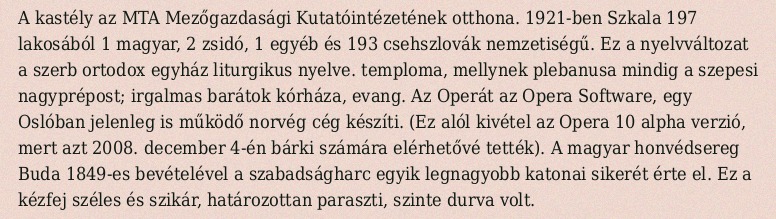
A kastély az MTA Mezőgazdasági Kutatóintézetének otthona. 1921-ben Szkala 197 lakosából 1 magyar, 2 zsidó, 1 egyéb és 193 csehszlovák nemzetiségű. Ez a nyelvváltozat a szerb ortodox egyház liturgikus nyelve. temploma, mellynek plebanusa mindig a szepesi nagyprépost; irgalmas barátok kórháza, evang. Az Operát az Opera Software, egy Oslóban jelenleg is működő norvég cég készíti. (Ez alól kivétel az Opera 10 alpha verzió, mert azt 2008. december 4-én bárki számára elérhetővé tették). A magyar honvédsereg Buda 1849-es bevételével a szabadságharc egyik legnagyobb katonai sikerét érte el. Ez a kézfej széles és szikár, határozottan paraszti, szinte durva volt.